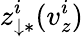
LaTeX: z_{\downarrow\ast}^{i}(v_{z}^{i})